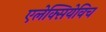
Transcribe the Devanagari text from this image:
एलेक्सियेविच